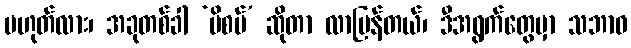
မဟုတ်လား၊ အခုတစ်ခါ ‘ဗိစပ်’ ဆိုတာ လာပြန်တယ်၊ ဒီအရွက်တွေမှာ သဘာဝ